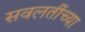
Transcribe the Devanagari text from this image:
सवलतींच्या